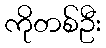
ကိုတစ်ဦး